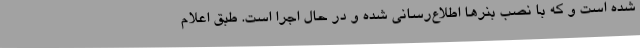
شده است و که با نصب بنرها اطلاع‌رسانی شده و در حال اجرا است. طبق اعلام